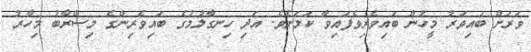
ވަރަށް ބައިވަރު މީހުން ބައިވެރިވެފައިވާ ކަމަށެވެ. އަދި ހިނގާލުމުގެ ބައިވެރިންގެ މިސްރާބު މިހާރު